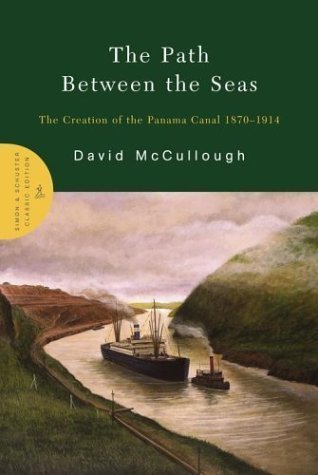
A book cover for The Path Between the Seas: The Creation of the Panama Canal 1870-1914 by McCullough, David (2004) Hardcover; History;